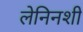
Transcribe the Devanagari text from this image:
लेनिनशी